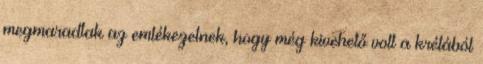
megmaradtak az emlékezetnek, hogy még kivehető volt a krétából